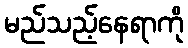
မည်သည့်နေရာကို